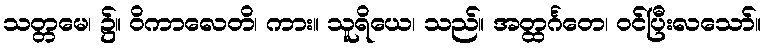
သတ္တမေ၊ ၌။ ဝိကာလေတိ၊ ကား။ သူရိယေ၊ သည်။ အတ္ထင်္ဂတေ၊ ဝင်ပြီးလသော်။